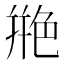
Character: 艵